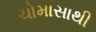
ચોમાસાથી